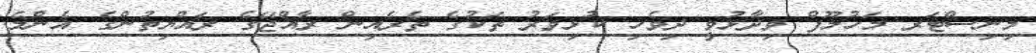
މިނިސްޓަރ މަހުލޫފް ވިދާޅުވީ ދިވެހި ކުޅިވަރު ތަކުގެ ތެރެއިން ރާއްޖޭގެ ރައްޔިތުންގެ އެންމެ